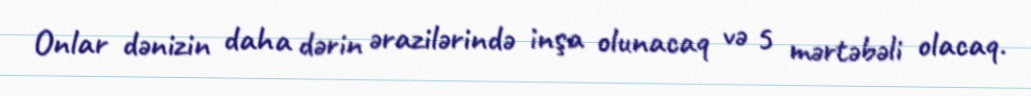
Onlar dənizin daha dərin ərazilərində inşa olunacaq və 5 mərtəbəli olacaq.